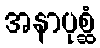
အနာပုစ္ဆံ